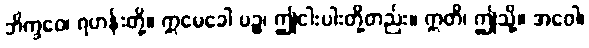
ဘိက္ခဝေ၊ ရဟန်းတို့။ ဣမေခေါ ပဉ္စ၊ ဤငါးပါးတို့တည်း။ ဣတိ၊ ဤသို့။ အဝေါ၊